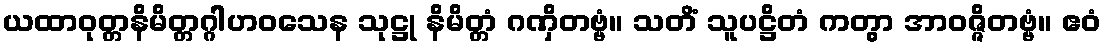
ယထာဝုတ္တနိမိတ္တဂ္ဂါဟဝသေန သုဋ္ဌု နိမိတ္တံ ဂဏှိတဗ္ဗံ။ သတိံ သူပဋ္ဌိတံ ကတွာ အာဝဇ္ဇိတဗ္ဗံ။ ဧဝံ